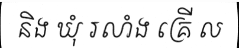
និង ឃុំ រលាំង គ្រើ ល